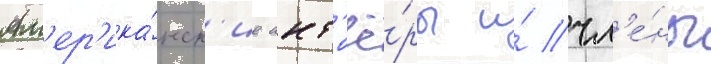
Ам'ер'ика́нск'ие акт'ё́ры и́ чл'е́ны